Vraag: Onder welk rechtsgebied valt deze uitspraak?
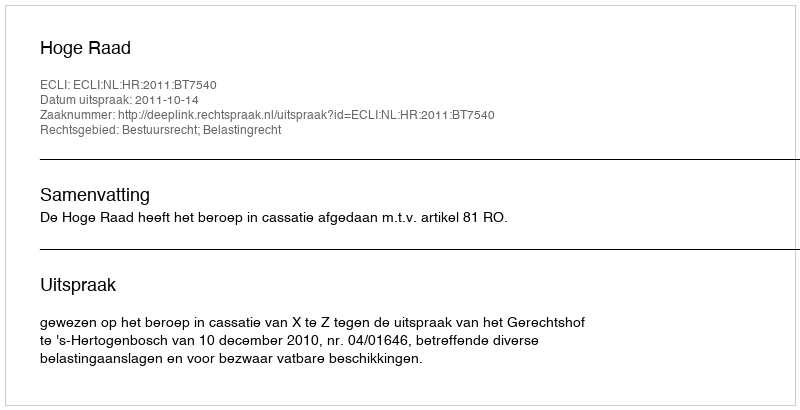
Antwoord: Bestuursrecht; Belastingrecht